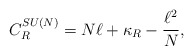
\begin{align*}C_R^{SU(N)} = N \ell + \kappa_R -{\ell^2 \over N},\end{align*}